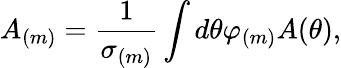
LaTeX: A_{(m)}=\frac{1}{\sigma_{(m)}}\int d\theta\varphi_{(m)}A(\theta),